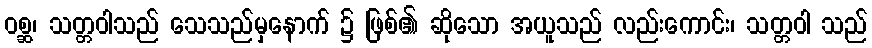
ဝစ္ဆ၊ သတ္တဝါသည် သေသည်မှနောက် ၌ ဖြစ်၏ ဆိုသော အယူသည် လည်းကောင်း၊ သတ္တဝါ သည်